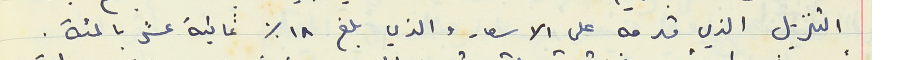
التنزيل الذي قدمه على الاسعار والذي بلغ ١٨ % ثمانية عشر بالمئة.